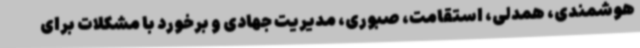
هوشمندی، همدلی، استقامت، صبوری، مدیریت جهادی و برخورد با مشکلات برای